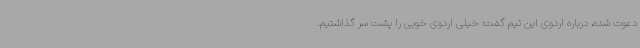
دعوت شده، درباره اردوی این تیم گفت: خیلی اردوی خوبی را پشت سر گذاشتیم.